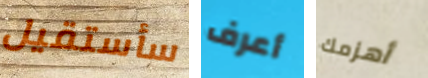
سأستقيل أعرف أهزمك